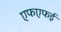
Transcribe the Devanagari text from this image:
एफएफई